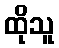
ထိုသူ